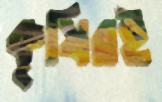
কৃষিরই